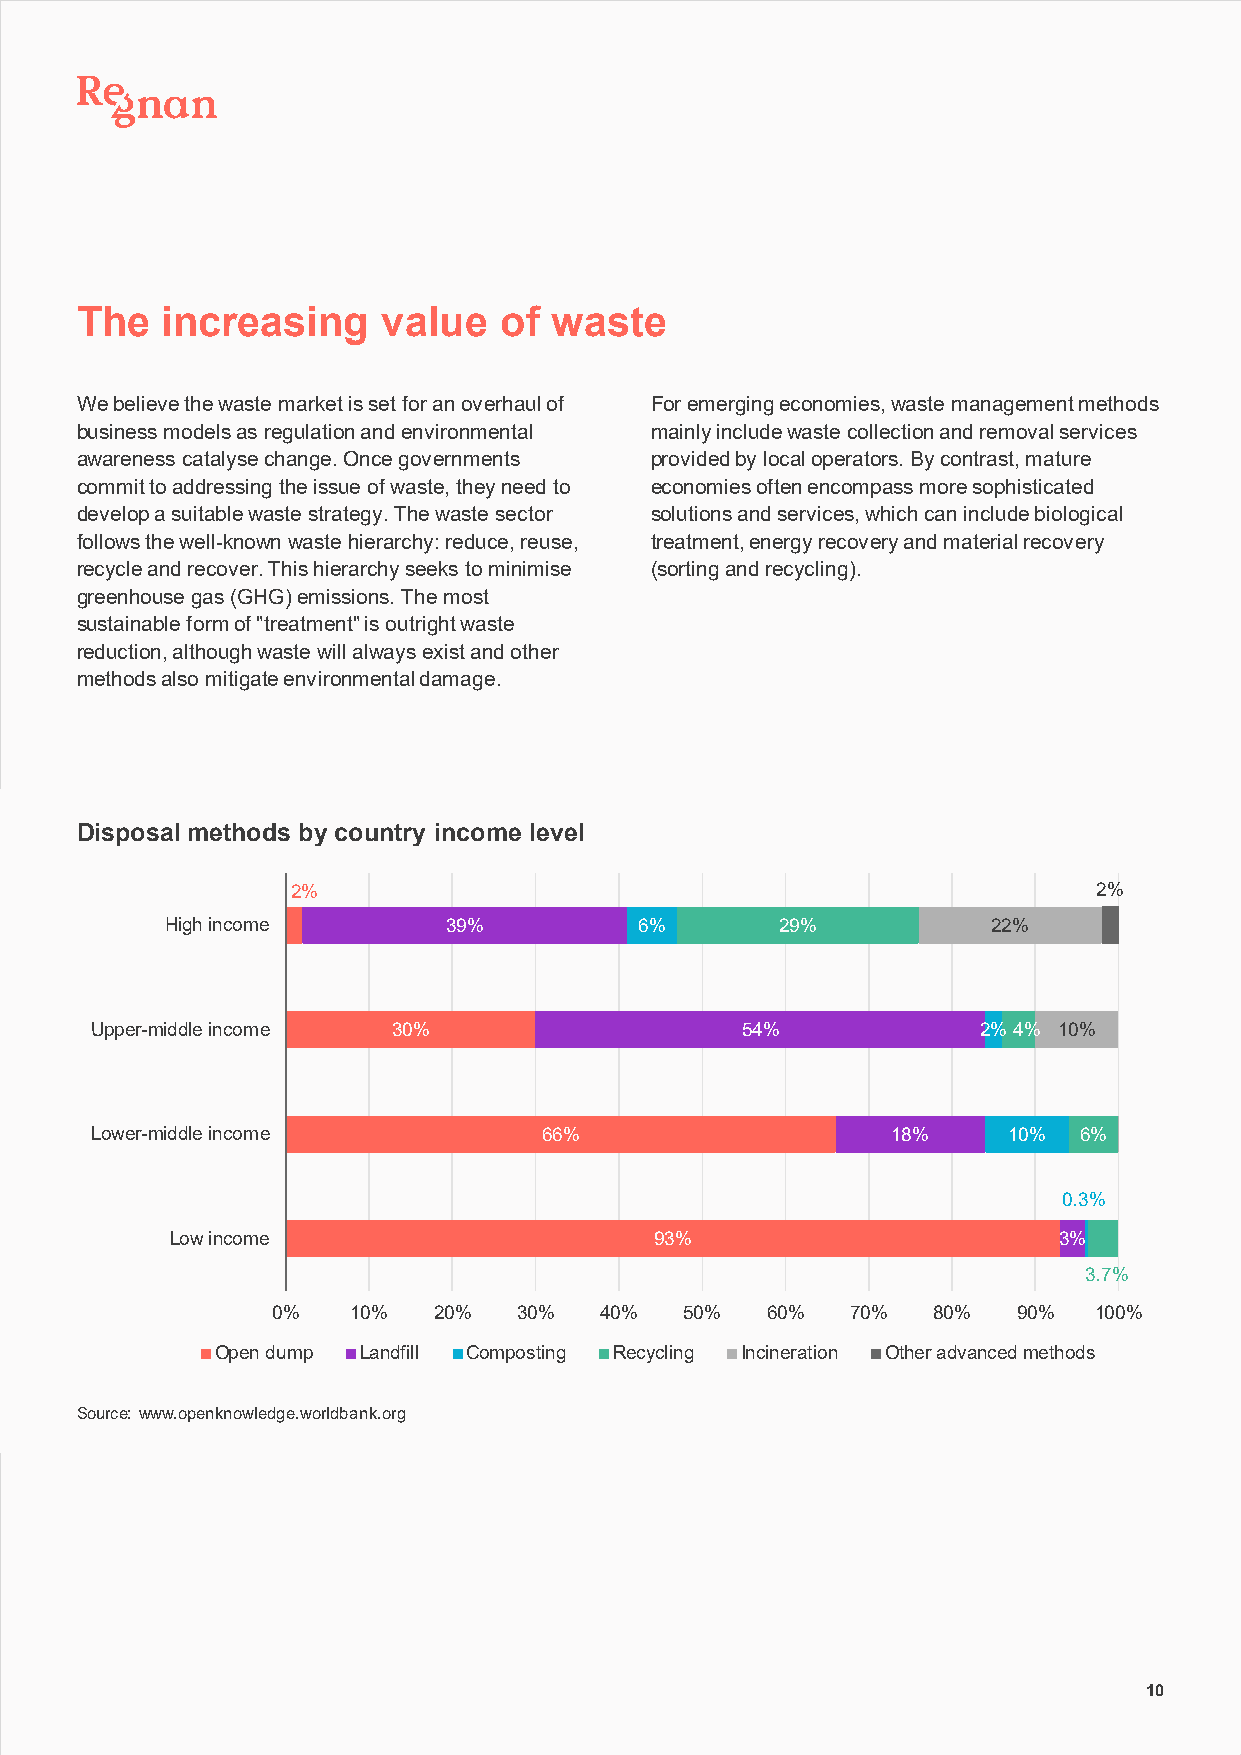
The   increasing    value   of waste
 We believe the waste market is set for an overhaul of For emerging economies, waste management methods
 business models as regulation and environmental mainly include waste collection and removal services
 awareness catalyse change. Once governments provided by local operators. By contrast, mature
 commit to addressing the issue of waste, they need to economies often encompass more sophisticated
 develop a suitable waste strategy. The waste sector solutions and services, which can include biological
 follows the well-known waste hierarchy: reduce, reuse, treatment, energy recovery and material recovery
 recycle and recover. This hierarchy seeks to minimise (sorting and recycling).
 greenhouse gas (GHG) emissions. The most
 sustainable form of "treatment" is outright waste
 reduction, although waste will always exist and other
 methods also mitigate environmental damage.
 Disposal methods by country income level
 2%                                                    2%
 High income       39%          6%        29%           22%
 Upper-middle income 30%                    54%             2%4% 10%
 Lower-middle income           66%                    18%     10% 6%
 0.3%
 Low income                      93%                        3%
 3.7%
 0%   10%   20%  30%   40%  50%   60%  70%   80%  90%  100%
 Open dump Landfill Composting Recycling Incineration Other advanced methods
 Source: www.openknowledge.worldbank.org
 10